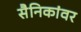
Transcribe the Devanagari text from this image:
सैनिकांवर